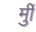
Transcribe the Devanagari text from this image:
र्मुी